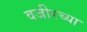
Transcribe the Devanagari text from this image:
वजीरच्या